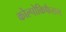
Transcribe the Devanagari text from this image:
कोल्पोकिफैलम